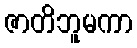
ဇာတိဘူမကာ